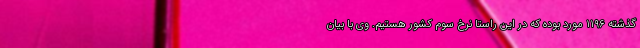
گذشته ۱۱۹۶ مورد بوده که در این راستا نرخ سوم کشور هستیم. وی با بیان